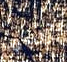
لوريلاي